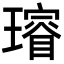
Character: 𤩷